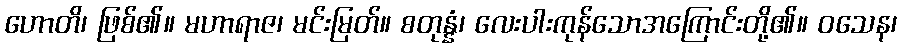
ဟောတိ၊ ဖြစ်၏။ မဟာရာဇ၊ မင်းမြတ်။ စတုန္နံ၊ လေးပါးကုန်သောအကြောင်းတို့၏။ ဝသေန၊